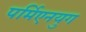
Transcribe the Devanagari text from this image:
पर्मिएनयुग